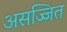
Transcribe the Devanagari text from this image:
असज्जित